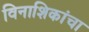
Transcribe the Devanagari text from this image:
विनाशिकांचा